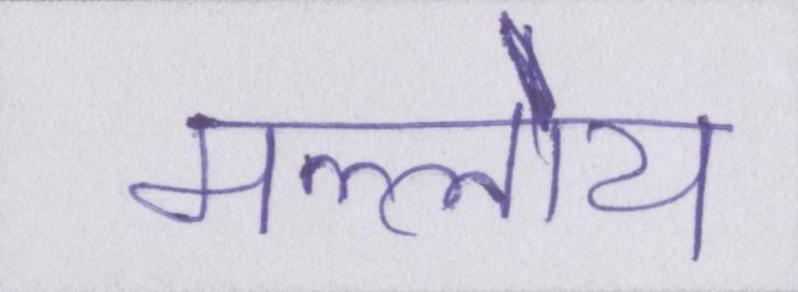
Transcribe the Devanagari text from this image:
मल्लोय